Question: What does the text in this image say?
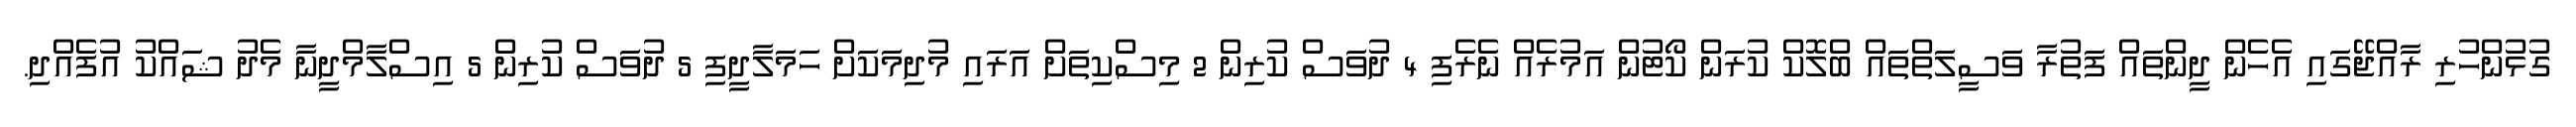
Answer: ގުޅުންހުރި ރާއްޖޭގައި އެހެން ދީންތައް ފަތުރާ ވަސީލަތްތައް ބްލޮކް ކުރަން ކޯޓުން އަމުރެއް ނެރެފި 4 ދުވަސް ކުރިން 2 މިސްކިތަށް އަރައި މުދިމަކަށް ހަމަލާދީފި 5 ދުވަސް ކުރިން 5 އިސްލާމްދީނާ މެދު ޝައްކު އުފެއްދި.